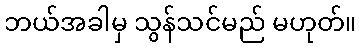
ဘယ်အခါမှ သွန်သင်မည် မဟုတ်။